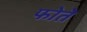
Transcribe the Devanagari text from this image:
फोते